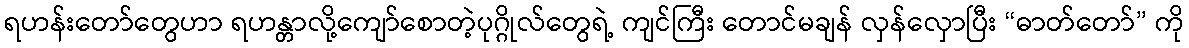
ရဟန်းတော်တွေဟာ ရဟန္တာလို့ကျော်စောတဲ့ပုဂ္ဂိုလ်တွေရဲ့ ကျင်ကြီး တောင်မချန် လှန်လှောပြီး “ဓာတ်တော်” ကို